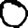
Digit: 0